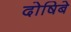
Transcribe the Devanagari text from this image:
दोषिबे